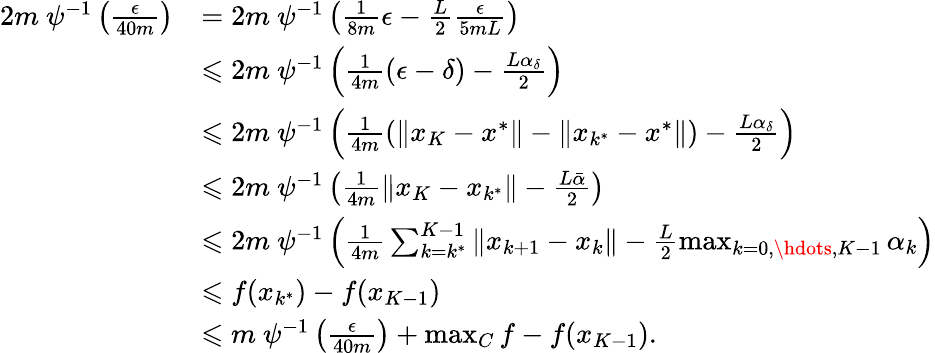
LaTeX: \begin{array}{rl}{2m~\psi^{-1}\left(\frac{\epsilon}{40m}\right)}&{=2m~\psi^{-1}\left(\frac{1}{8m}\epsilon-\frac{L}{2}\frac{\epsilon}{5mL}\right)}\\ &{\leqslant 2m~\psi^{-1}\left(\frac{1}{4m}(\epsilon-\delta)-\frac{L\alpha_{\delta}}{2}\right)}\\ &{\leqslant 2m~\psi^{-1}\left(\frac{1}{4m}\left(\| x_{K}-x^{*}\| -\| x_{k^{*}}-x^{*}\| \right)-\frac{L\alpha_{\delta}}{2}\right)}\\ &{\leqslant 2m~\psi^{-1}\left(\frac{1}{4m}\| x_{K}-x_{k^{*}}\| -\frac{L\bar{\alpha}}{2}\right)}\\ &{\leqslant 2m~\psi^{-1}\left(\frac{1}{4m}\sum_{k=k^{*}}^{K-1}\| x_{k+1}-x_{k}\| -\frac{L}{2}\operatorname*{max}_{k=0,\hdots,K-1}\alpha_{k}\right)}\\ &{\leqslant f(x_{k^{*}})-f(x_{K-1})}\\ &{\leqslant m~\psi^{-1}\left(\frac{\epsilon}{40m}\right)+\operatorname*{max}_{C}f-f(x_{K-1}).}\end{array}